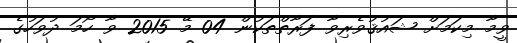
ވީމާ މިކަމަށް ޝައުޤުވެރިވާ ފަރާތްތަކުން 04 މޭ 2015 ވާ ހޯމަ ދުވަހުގެ